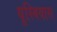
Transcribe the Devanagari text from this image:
यूस्बियास